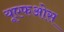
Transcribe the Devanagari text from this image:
यूएफओस